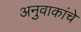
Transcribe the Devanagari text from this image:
अनुवाकांचे